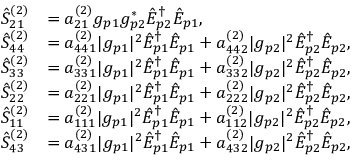
\begin{array} { r l } { \hat { S } _ { 2 1 } ^ { ( 2 ) } } & { = a _ { 2 1 } ^ { ( 2 ) } g _ { p 1 } g _ { p 2 } ^ { \ast } \hat { E } _ { p 2 } ^ { \dagger } \hat { E } _ { p 1 } , } \\ { \hat { S } _ { 4 4 } ^ { ( 2 ) } } & { = a _ { 4 4 1 } ^ { ( 2 ) } | g _ { p 1 } | ^ { 2 } \hat { E } _ { p 1 } ^ { \dagger } \hat { E } _ { p 1 } + a _ { 4 4 2 } ^ { ( 2 ) } | g _ { p 2 } | ^ { 2 } \hat { E } _ { p 2 } ^ { \dagger } \hat { E } _ { p 2 } , } \\ { \hat { S } _ { 3 3 } ^ { ( 2 ) } } & { = a _ { 3 3 1 } ^ { ( 2 ) } | g _ { p 1 } | ^ { 2 } \hat { E } _ { p 1 } ^ { \dagger } \hat { E } _ { p 1 } + a _ { 3 3 2 } ^ { ( 2 ) } | g _ { p 2 } | ^ { 2 } \hat { E } _ { p 2 } ^ { \dagger } \hat { E } _ { p 2 } , } \\ { \hat { S } _ { 2 2 } ^ { ( 2 ) } } & { = a _ { 2 2 1 } ^ { ( 2 ) } | g _ { p 1 } | ^ { 2 } \hat { E } _ { p 1 } ^ { \dagger } \hat { E } _ { p 1 } + a _ { 2 2 2 } ^ { ( 2 ) } | g _ { p 2 } | ^ { 2 } \hat { E } _ { p 2 } ^ { \dagger } \hat { E } _ { p 2 } , } \\ { \hat { S } _ { 1 1 } ^ { ( 2 ) } } & { = a _ { 1 1 1 } ^ { ( 2 ) } | g _ { p 1 } | ^ { 2 } \hat { E } _ { p 1 } ^ { \dagger } \hat { E } _ { p 1 } + a _ { 1 1 2 } ^ { ( 2 ) } | g _ { p 2 } | ^ { 2 } \hat { E } _ { p 2 } ^ { \dagger } \hat { E } _ { p 2 } , } \\ { \hat { S } _ { 4 3 } ^ { ( 2 ) } } & { = a _ { 4 3 1 } ^ { ( 2 ) } | g _ { p 1 } | ^ { 2 } \hat { E } _ { p 1 } ^ { \dagger } \hat { E } _ { p 1 } + a _ { 4 3 2 } ^ { ( 2 ) } | g _ { p 2 } | ^ { 2 } \hat { E } _ { p 2 } ^ { \dagger } \hat { E } _ { p 2 } , } \end{array}